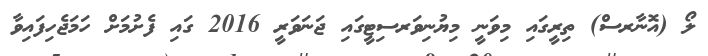
ލޯ (އޮނާރސް) ތިރީގައި މިވަނީ މިޔުނިވަރސިޓީގައި ޖަނަވަރީ 2016 ގައި ފެށުމަށް ހަމަޖެހިފައިވާ